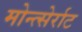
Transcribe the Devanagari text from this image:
मोन्त्सेर्राट